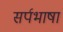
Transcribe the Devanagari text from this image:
सर्पभाषा